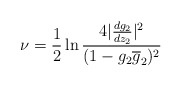
\begin{align*}\nu={1 \over 2} \ln \frac{4|\frac{dg_{2}}{dz_{2}}|^{2}}{(1-g_{2}\overline g_{2})^{2}}\end{align*}